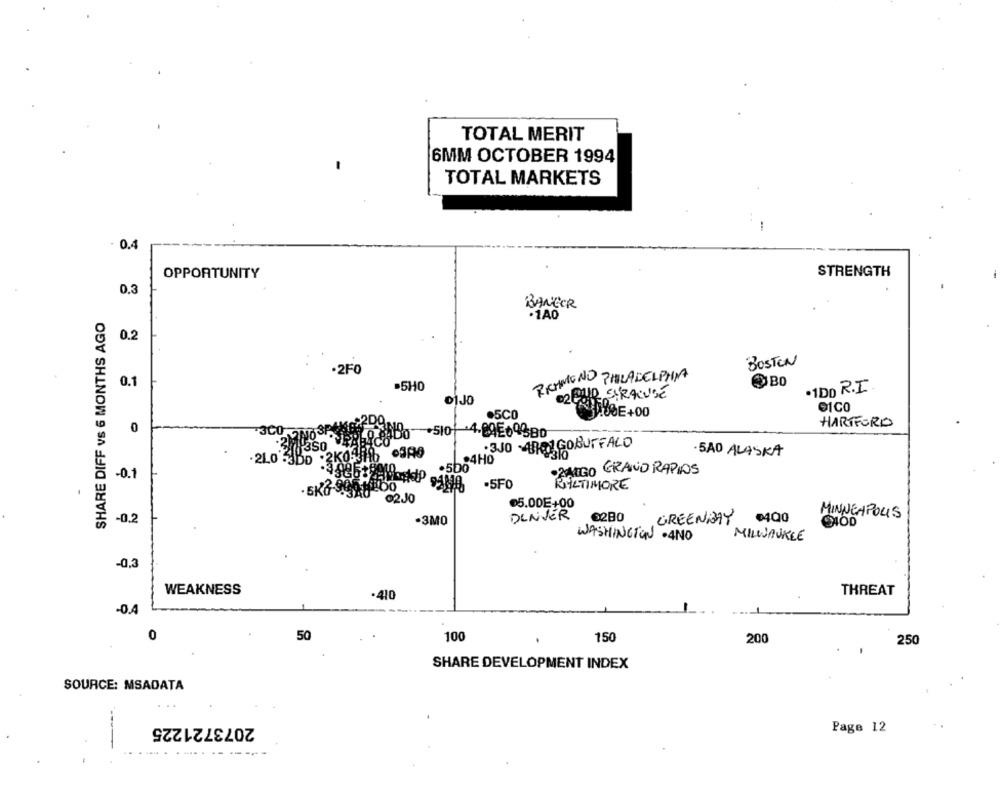
TOTAL MERIT
6MM OCTOBER 1994
TOTAL MARKETS
. 0.4
OPPORTUNITY
STRENGTH
0.3
BANGER
SHARE DIFF vs 6 MONTHS AGO
.1A0
0.2
BOSTON
2FO
RICHMOND PHILADELPHIA
0.1
.5H0
·1DO R.I.
POUR SIRACUSE
01JO
O1CO
.5CO
00E+00
HARTFORD
0
-+5101 4.09E09380
:350 VARONGOBUFFALO
350
·210'
.4HO
5AD ALASKA
.500
RANGO GRAND RAPIDS
-0.1
.5F0
BALTIMORE
@2J0
05.00E+00
DENVER
MINNEAPOLIS
-0.2
-3MO
6280
GREENBAY
€4.00
WASHINGTON .4NO
MILWAUKEE
-0,3
WEAKNESS
THREAT
410
-0.4
0
50
100
150
200
250
SHARE DEVELOPMENT INDEX
SOURCE: MSADATA
2073721225
Page 12